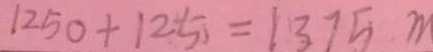
1 2 5 0 + 1 2 5 = 1 3 7 5 m